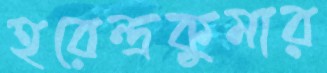
হরেন্দ্রকুমার